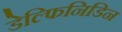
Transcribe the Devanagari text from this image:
डेल्फिनिडिन